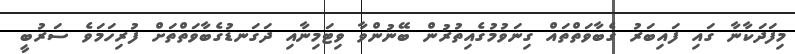
މިފަދަކާނާ ގައި ފައިބަރު ގެބާވަތްތައް ގިނަވުމުގެއިތުރުން ބޭނުންވާ ވިޓަމިނާއި ދަގަނޑުގެބާވަތްތަށް ފުރިހަމަވެ ސަރުބީ